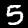
Digit: 5